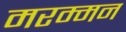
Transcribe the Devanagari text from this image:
मरम्मन